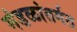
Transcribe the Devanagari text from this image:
मंडळांतर्गत